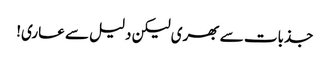
جذبات سے بھری لیکن دلیل سے عاری!